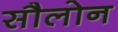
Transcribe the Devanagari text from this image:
सौलोन